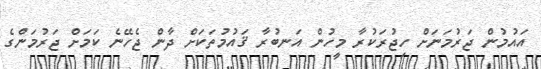
އައުމުން ޖަރުމަނަށް ހިޖުރަކުރާ މީހުން އަނބުރާ ޤައުމުތަކަށް ދާން ޖެހޭނެ ކަމަށް ޖަރުމަންގެ